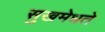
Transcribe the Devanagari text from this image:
सुखमेधते